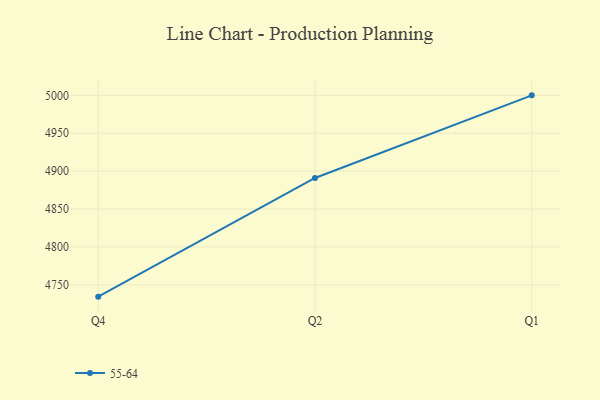
{"axis": {"x": "Quarter", "y": "Waste Production (Tons)"}, "legend": ["55-64"], "data": [{"x": "Q4", "y": 4734.4, "type": "55-64"}, {"x": "Q2", "y": 4891.0, "type": "55-64"}, {"x": "Q1", "y": 5000, "type": "55-64"}]}